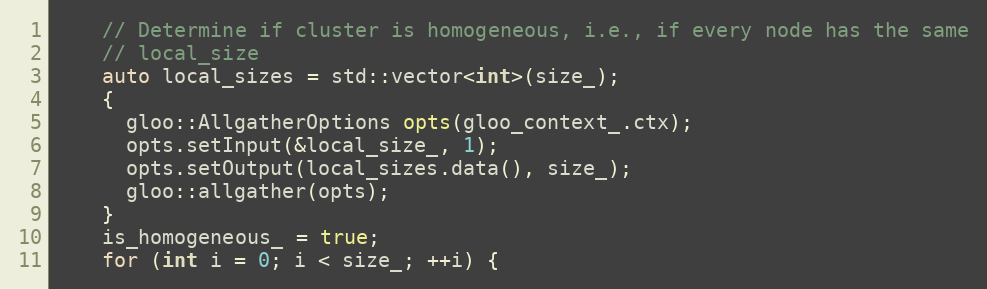
Language: C++
    // Determine if cluster is homogeneous, i.e., if every node has the same
    // local_size
    auto local_sizes = std::vector<int>(size_);
    {
      gloo::AllgatherOptions opts(gloo_context_.ctx);
      opts.setInput(&local_size_, 1);
      opts.setOutput(local_sizes.data(), size_);
      gloo::allgather(opts);
    }
    is_homogeneous_ = true;
    for (int i = 0; i < size_; ++i) {